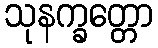
သုနက္ခတ္တော